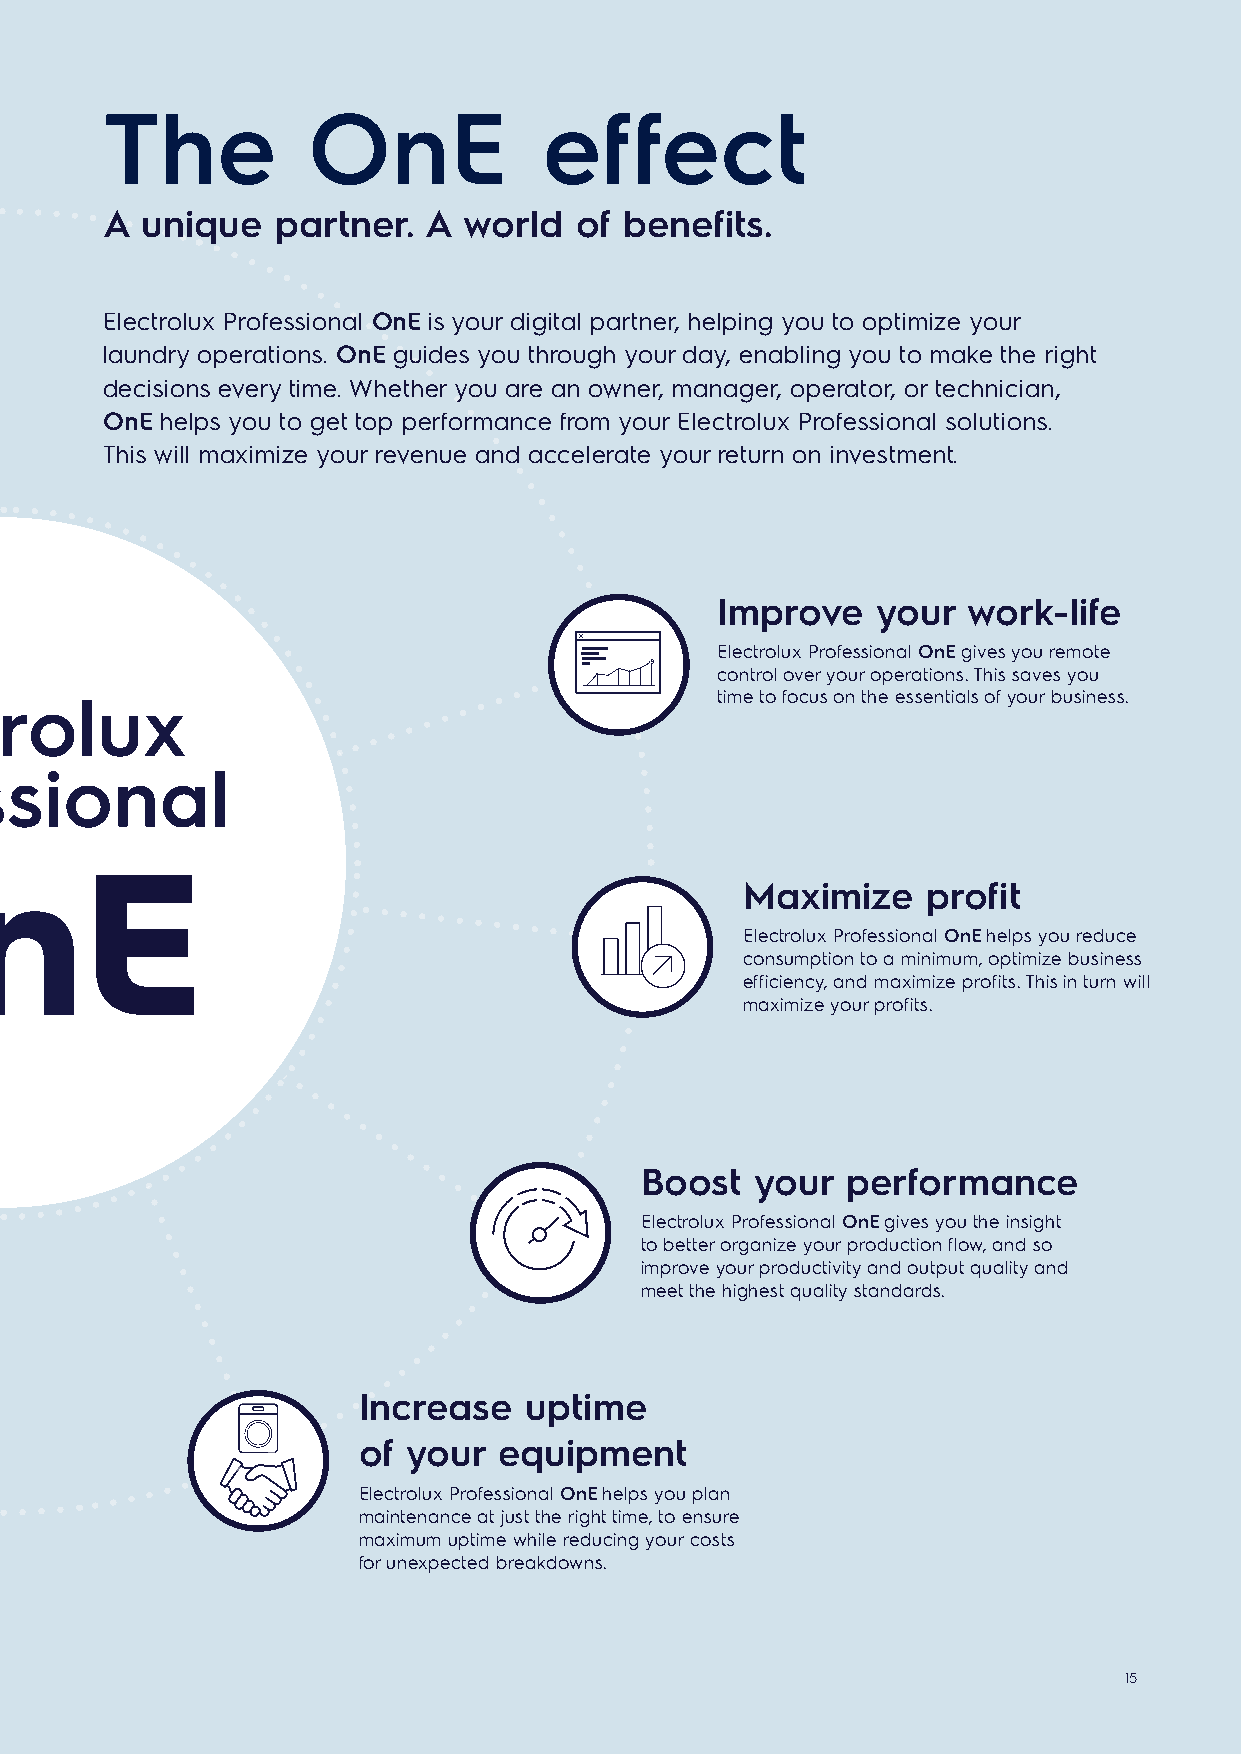
The          OnE             effect
 A unique   partner.  A  world  of benefits.
 Electrolux Professional OnE is your digital partner, helping you to optimize your
 laundry operations. OnE guides you through your day, enabling you to make the right
 decisions every time. Whether you are an owner, manager, operator, or technician,
 OnE helps you to get top performance from your Electrolux Professional solutions.
 This will maximize your revenue and accelerate your return on investment.
 Improve    your  work-life
 Electrolux Professional OnE gives you remote
 control over your operations. This saves you
 Electrolux                                     time to focus on the essentials of your business.
 Professional
 Maximize    profit
 Electrolux Professional OnE helps you reduce
 consumption to a minimum, optimize business
 efficiency, and maximize profits. This in turn will
 maximize your profits.
 Boost   your  performance
 Electrolux Professional OnE gives you the insight
 to better organize your production flow, and so
 improve your productivity and output quality and
 meet the highest quality standards.
 Increase   uptime
 of your  equipment
 Electrolux Professional OnE helps you plan
 maintenance at just the right time, to ensure
 maximum uptime while reducing your costs
 for unexpected breakdowns.
 1155